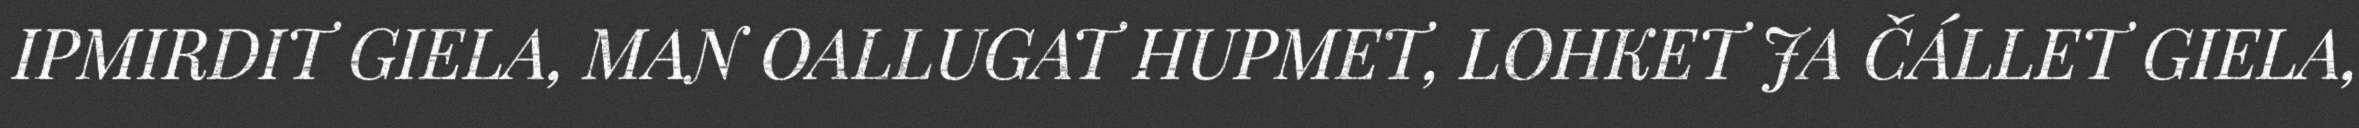
IPMIRDIT GIELA, MAN OALLUGAT HUPMET, LOHKET JA ČÁLLET GIELA,